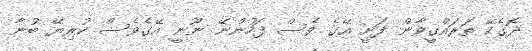
ދޮގެކޭ ތަރައްގީވާން ފަށީ އޭގެ ވެސް ފަހުންނޭ ނޫނީ އޭގެވެސް ކުރިޔޭ ބުނާ